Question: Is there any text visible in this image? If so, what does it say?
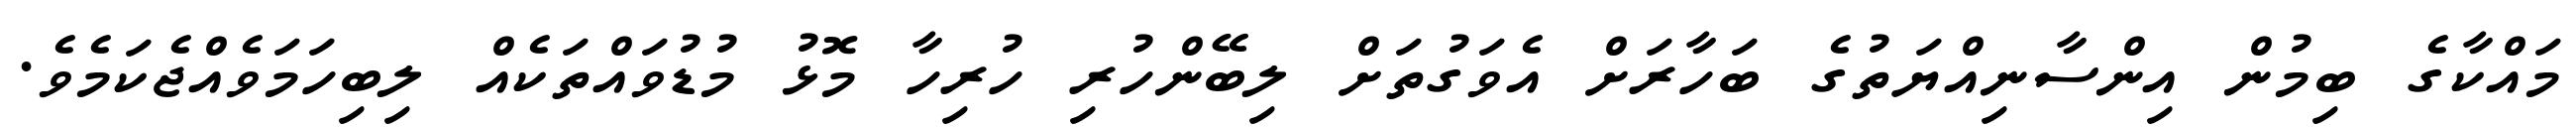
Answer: މައްކާގެ ބިމުން އިންސާނިއްޔަތުގެ ބަހާރަށް އެވަގުތަށް ލިބޭންހުރި ހުރިހާ މޮޅު މުޑުވައްތަކެއް ލިބިހަމަވެއްޖެކަމެވެ.